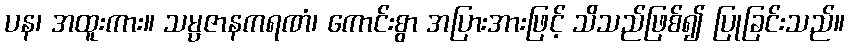
ပန၊ အထူးကား။ သမ္ပဇာနကရဏံ၊ ကောင်းစွာ အပြားအားဖြင့် သိသည်ဖြစ်၍ ပြုခြင်းသည်။